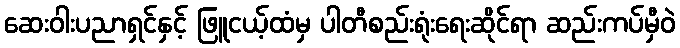
ဆေးဝါးပညာရှင်နှင့် ဖြူငယ့်ထံမှ ပါတီစည်းရုံးရေးဆိုင်ရာ ဆည်းကပ်မှီဝဲ